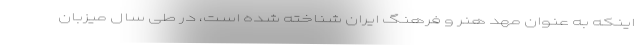
اینکه به عنوان مهد هنر و فرهنگ ایران شناخته شده است، در طی سال میزبان